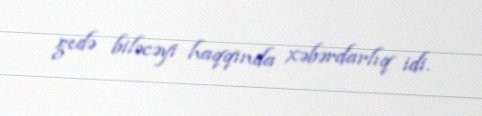
gedə biləcəyi haqqında xəbərdarlıq idi.